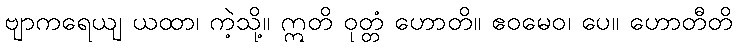
ဗျာကရေယျ ယထာ၊ ကဲ့သို့။ ဣတိ ဝုတ္တံ ဟောတိ။ ဧဝမေဝ၊ ပေ။ ဟောတီတိ